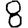
Digit: 8